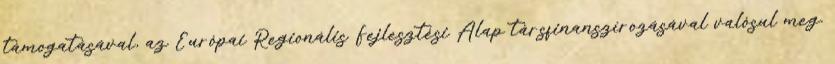
támogatásával, az Európai Regionális Fejlesztési Alap társfinanszírozásával valósul meg.